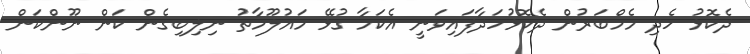
ދެކޮޅު ހެދި މެމްބަރުން ދެކޮޅުހަދާފައިވަނީ އެކަމާ ގުޅޭ މައުލޫމާތު ނިލިބިގެން ކަން ނޫންކަން